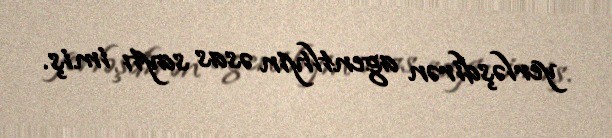
yerləşdirən agentliyin əsas saytı imiş.